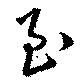
至